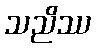
သညိဿ